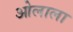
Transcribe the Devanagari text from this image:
ओलाला